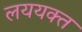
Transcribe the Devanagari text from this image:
लययक्त